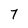
Character: 7